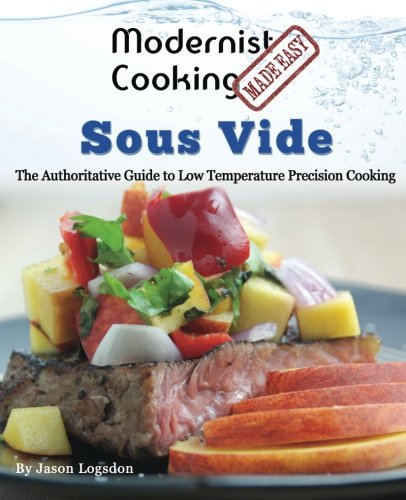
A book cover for Modernist Cooking Made Easy: Sous Vide: The Authoritative Guide to  Low Temperature Precision Cooking; Jason Logsdon; Cookbooks, Food & Wine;